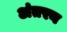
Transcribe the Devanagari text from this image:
अंतरन